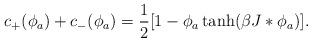
LaTeX: \begin{align*}c_+(\phi_a)+c_-(\phi_a)=\frac{1}{2}[1-\phi_a\tanh(\beta J\ast\phi_a)].\end{align*}